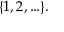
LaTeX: \{ 1 , 2 , \ldots \} .